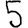
Digit: 5